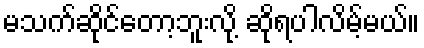
မသက်ဆိုင်တော့ဘူးလို့ ဆိုရပါလိမ့်မယ်။